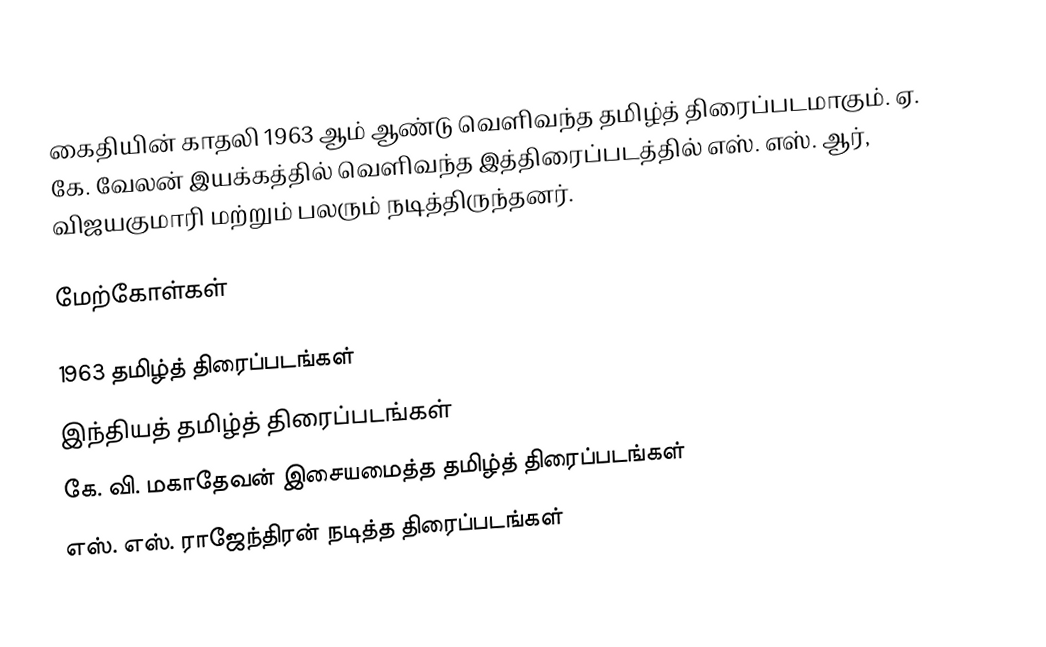
கைதியின் காதலி 1963 ஆம் ஆண்டு வெளிவந்த தமிழ்த் திரைப்படமாகும். ஏ. கே. வேலன் இயக்கத்தில் வெளிவந்த இத்திரைப்படத்தில் எஸ். எஸ். ஆர், விஜயகுமாரி மற்றும் பலரும் நடித்திருந்தனர்.

மேற்கோள்கள்

1963 தமிழ்த் திரைப்படங்கள்
இந்தியத் தமிழ்த் திரைப்படங்கள்
கே. வி. மகாதேவன் இசையமைத்த தமிழ்த் திரைப்படங்கள்
எஸ். எஸ். ராஜேந்திரன் நடித்த திரைப்படங்கள்